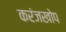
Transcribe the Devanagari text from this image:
करंजखोप